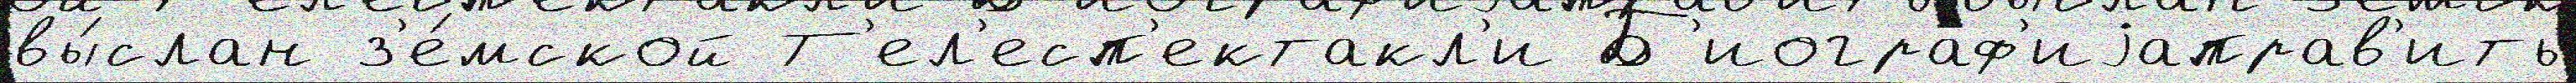
вы́слан з'е́мской Т'ел'есп'ектакл'и Б'иограф'иjаправ'ить